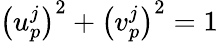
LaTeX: \left(u_{p}^{j}\right)^{2}+\left(v_{p}^{j}\right)^{2}=1